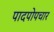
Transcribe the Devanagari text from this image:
पादपोपचार